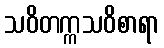
သဝိတက္ကသဝိစာရာ